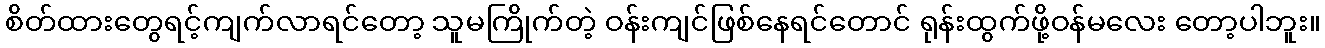
စိတ်ထားတွေရင့်ကျက်လာရင်တော့ သူမကြိုက်တဲ့ ဝန်းကျင်ဖြစ်နေရင်တောင် ရုန်းထွက်ဖို့ဝန်မလေး တော့ပါဘူး။